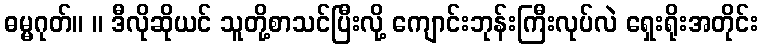
ဓမ္မဂုတ်။ ။ ဒီလိုဆိုယင် သူတို့စာသင်ပြီးလို့ ကျောင်းဘုန်းကြီးလုပ်လဲ ရှေးရိုးအတိုင်း